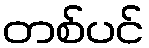
တစ်ပင်